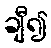
ချီ၍